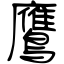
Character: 鷹